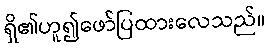
ရှိ၏ဟူ၍ဖော်ပြထားလေသည်။